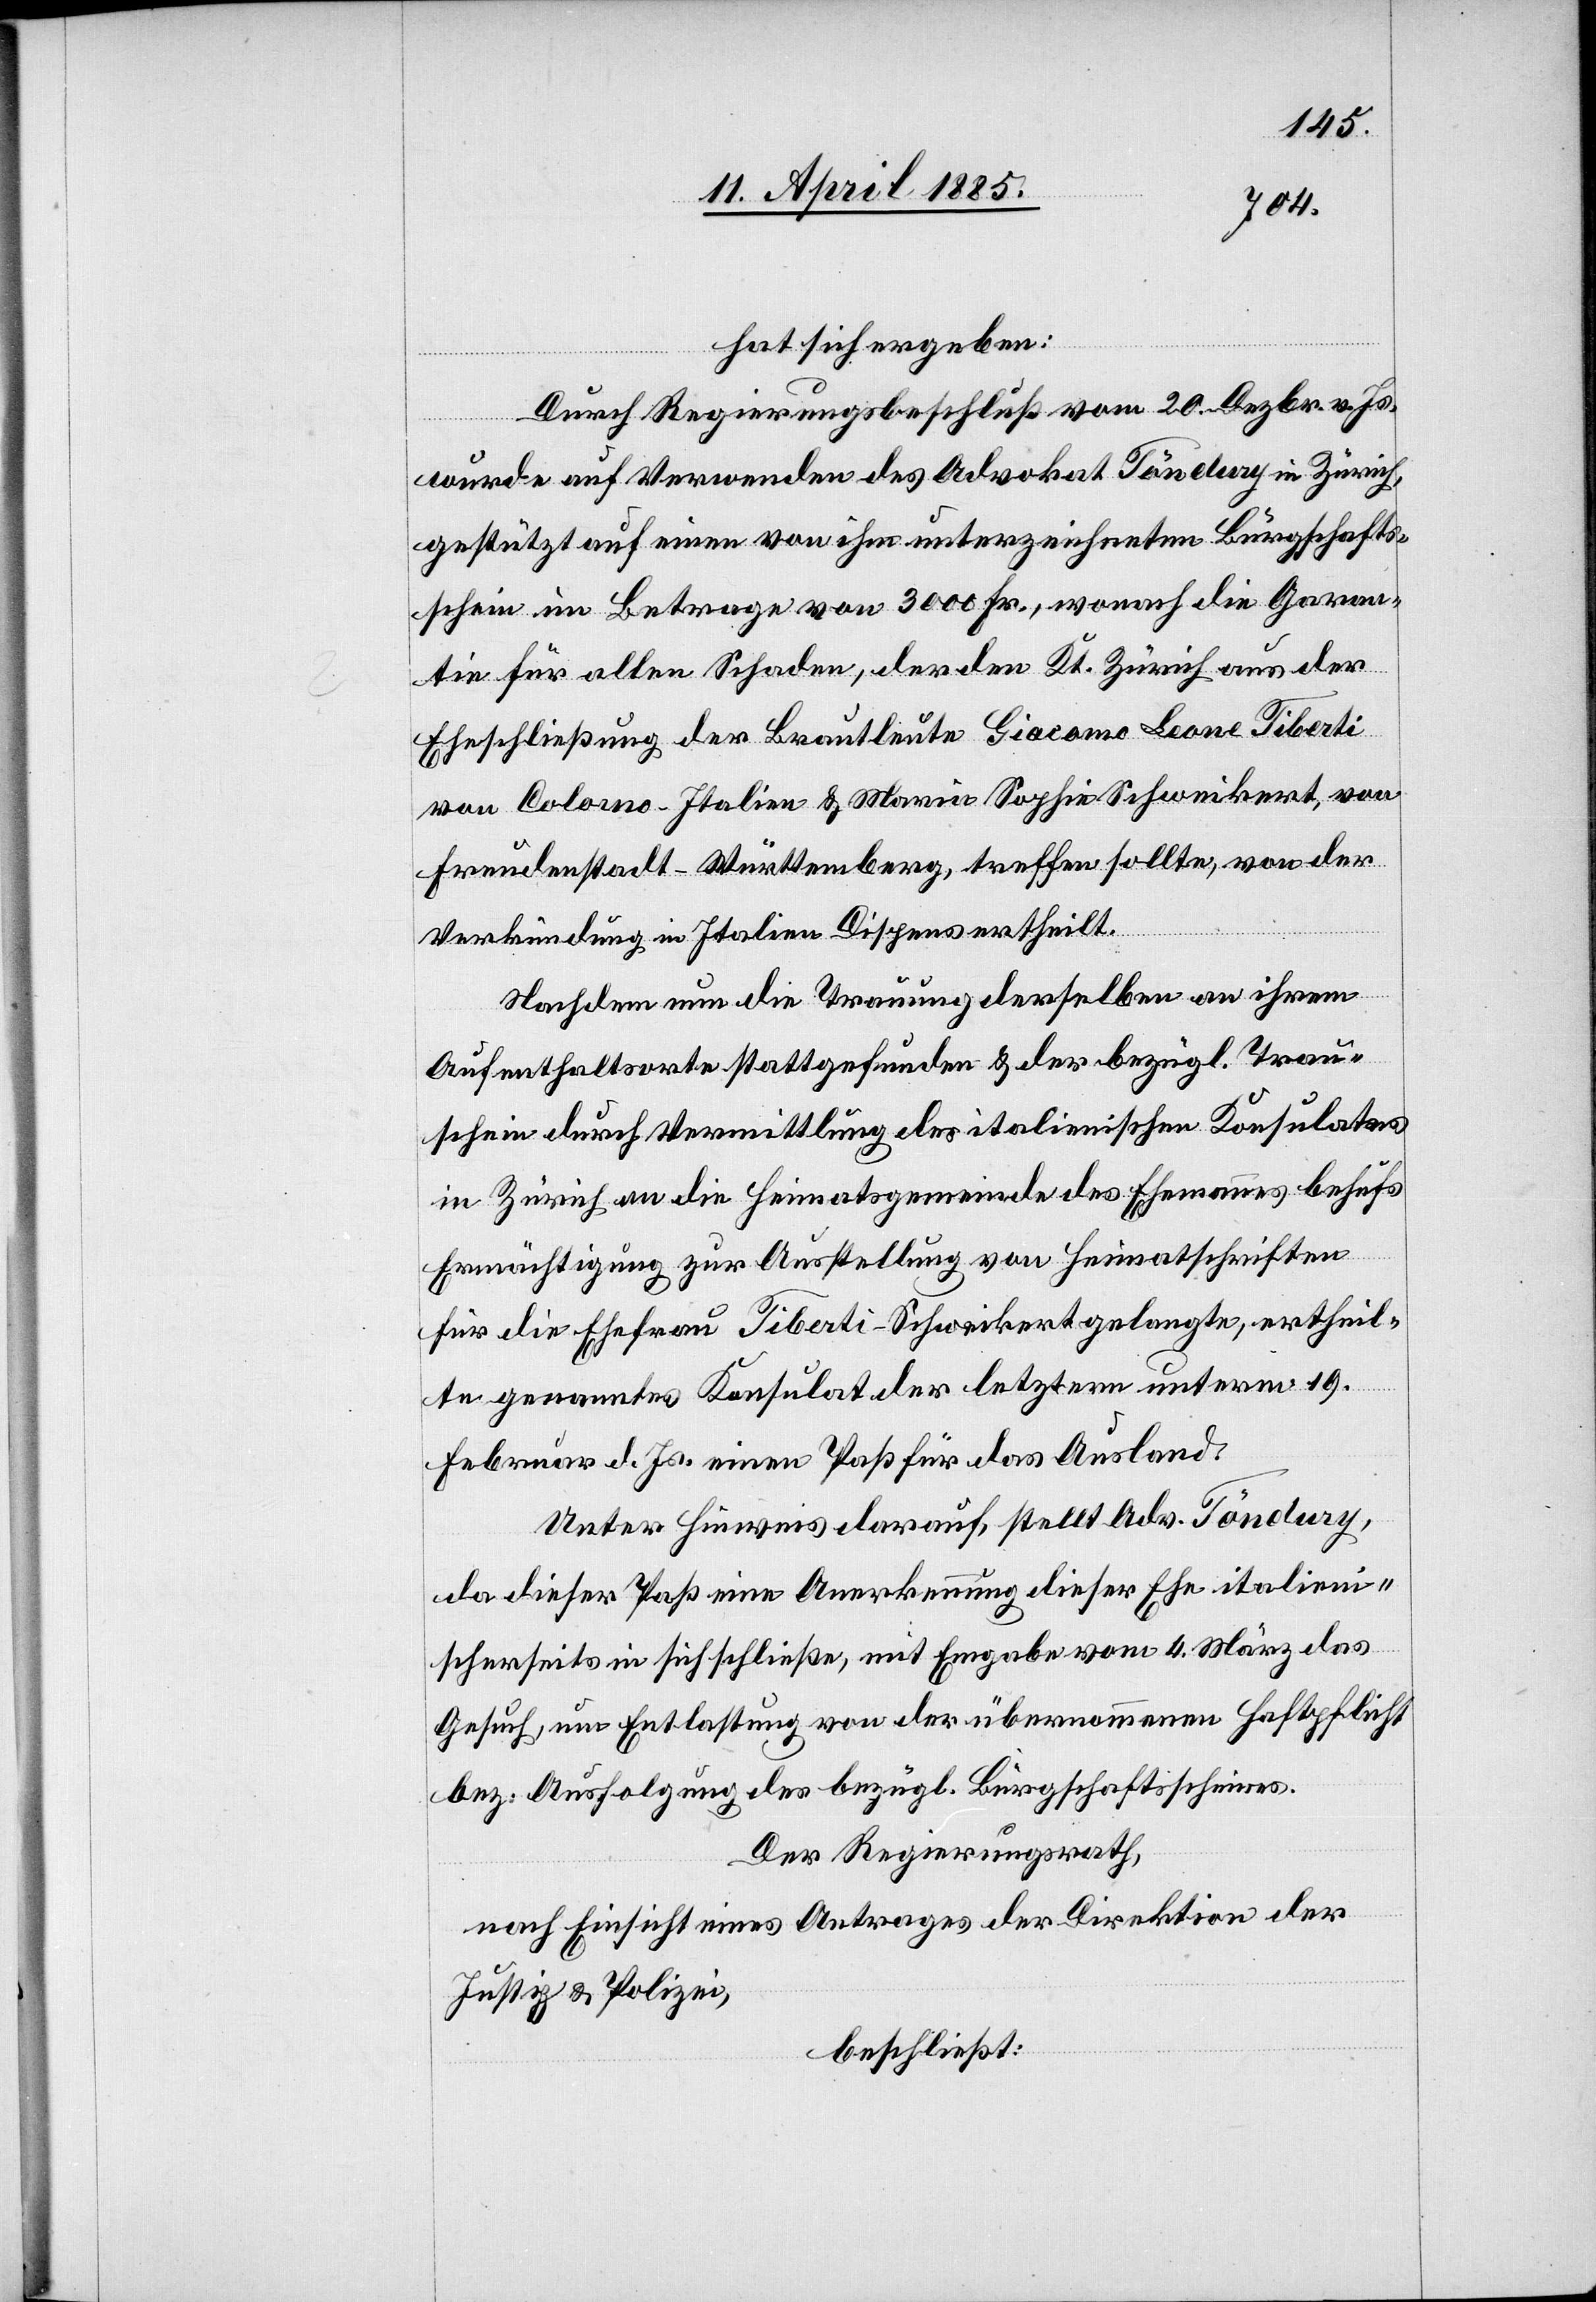
hat sich ergeben:
Durch Regierungsbeschluß vom 20. Dezbr. v. Js.
wurde auf Verwenden des Advokat Töndury in Zürich,
gestützt auf einen von ihm unterzeichneten Bürgschafts¬
schein im Betrage von 3000 Fr., wonach die Garan¬
tie für allen Schaden, der den Kt. Zürich aus der
Eheschließung der Brautleute Giacomo Leone Tiberti
von Colano - Italien & Maria Sophie Schweikert, von
Freudenstadt - Württemberg, treffen sollte, von der
Verkündung in Italien Dispens ertheilt.
Nachdem nun die Trauung derselben an ihrem
Aufenthaltsorte stattgefunden & der bezügl. Trau¬
schein durch Vermittlung des italienischen Konsulates
in Zürich an die Heimatgemeinde des Ehemanns behufs
Ermächtigung zur Ausstellung von Heimatschriften
für die Eheleute Tiberti-Schweikert gelangte, ertheil¬
te genanntes Konsulat der letztern unterm 19.
Februar d. Js. einen Paß für das Ausland.
Unter Hinweis darauf, stellt Adv. Töndury,
da dieser Paß eine Anerkennung dieser Ehe italieni¬
scherseits in sich schließe, mit Eingabe vom 4. März das
Gesuch, um Entlassung von der übernommenen Haftpflicht
bez. Ausfolgung des bezügl. Bürgschaftsscheines.
Der Regierungsrath,
nach Einsicht eines Antrages der Direktion der
Justiz & Polizei,
beschließt: